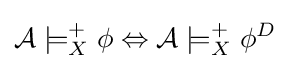
{\mathcal {A}}\models _{X}^{+}\phi \Leftrightarrow {\mathcal {A}}\models _{X}^{+}\phi ^{D}